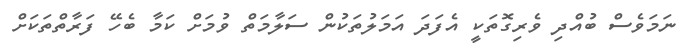
ނަމަވެސް ބުއްދި ވެރިގޮތަކީ އެފަދަ އަމަލުތަކުން ސަލާމަތް ވުމަށް ކަމާ ބެހޭ ފަރާތްތަކަށް